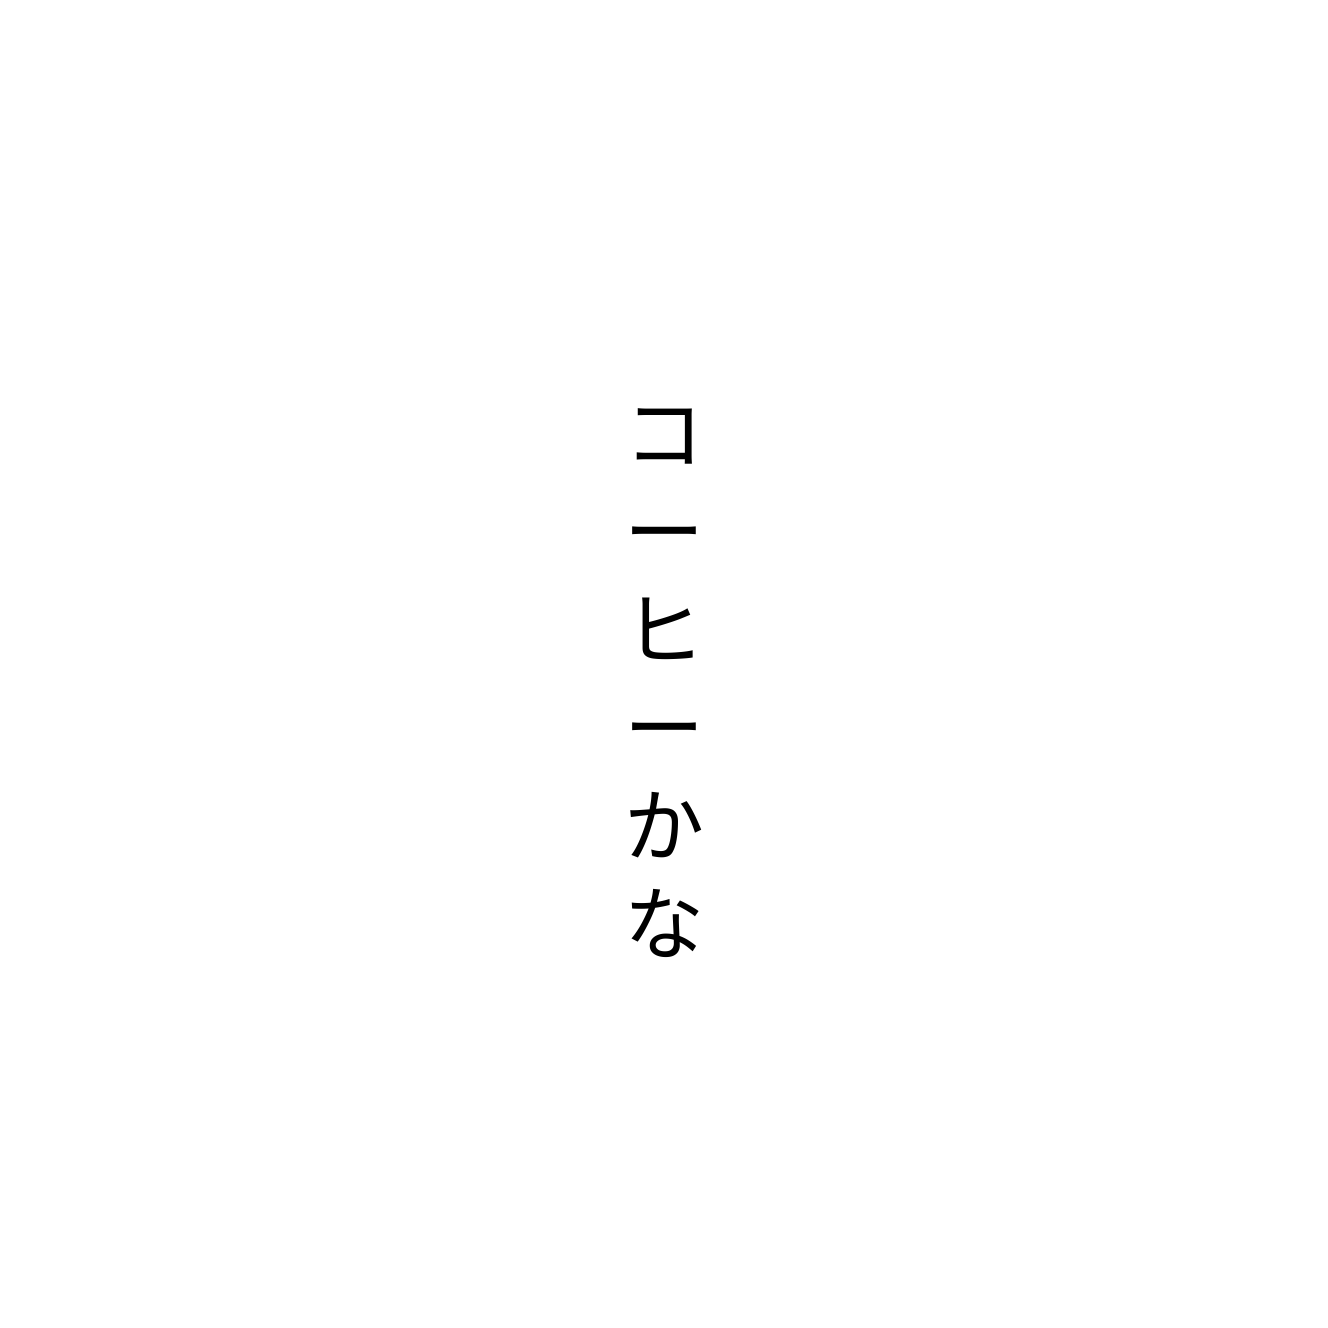
コーヒーかな